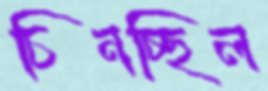
চিনচ্ছিল